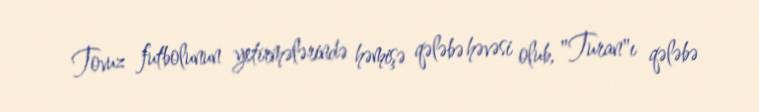
Tovuz futbolunun yetirmələrində həmişə qələbə həvəsi olub, "Turan"ı qələbə